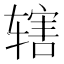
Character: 辖